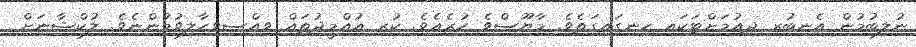
ނުލިބުމުން އެނބުރި ދިއުމަށްޓަކައި ހިނގައިގަތެވެ. މާޔޫސްވެ ހުރެއެވެ. ކުރި އުއްމީދުތައް ވިއްސިވިހާލިވުމުންނެވެ. ލުކްޝާނަށް